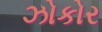
ઝોકોર